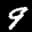
Label: 9